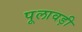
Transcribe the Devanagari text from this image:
पूलावड़ी